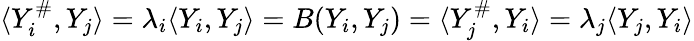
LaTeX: \langle Y_{i}^{\# },Y_{j}\rangle=\lambda_{i}\langle Y_{i},Y_{j}\rangle=B(Y_{i},Y_{j})=\langle Y_{j}^{\# },Y_{i}\rangle=\lambda_{j}\langle Y_{j},Y_{i}\rangle